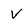
Character: V